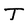
Character: T